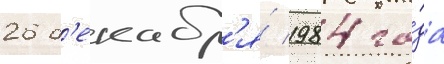
26 д'екабр'я́ 1984 го́да